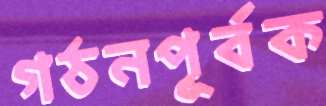
গঠনপূর্বক